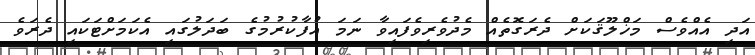
އަދި އެއްވެސް މަޚްލޫޤަކަށް ދެރަގޮތެއް މެދުވެރިވެފައިވާ ނަމަ އުފާކުރުމުގެ ބަދަލުގައި އެކަމަށްޓަކައި ދެރަވެ